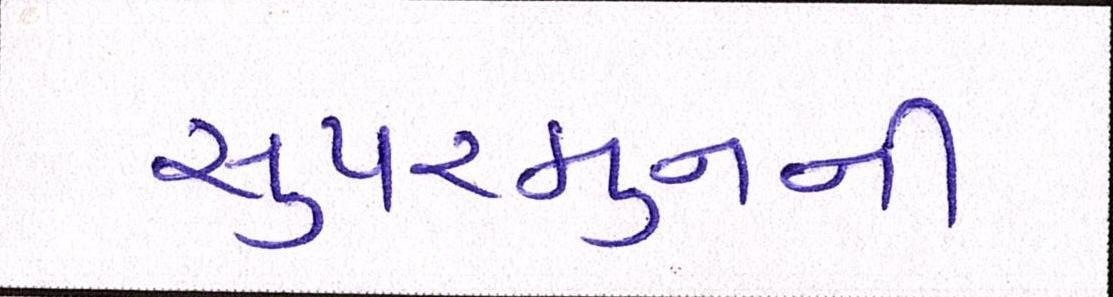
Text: સુપરમુનની